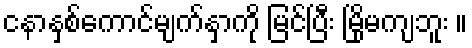
ငနာနှစ်ကောင်မျက်နှာကို မြင်ပြီး မြိုမကျဘူး ။